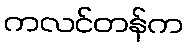
ကလင်တန်က